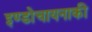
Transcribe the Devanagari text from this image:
इण्डोचायनाकी